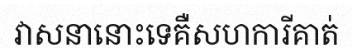
វាសនានោះទេគឺសហការីគាត់